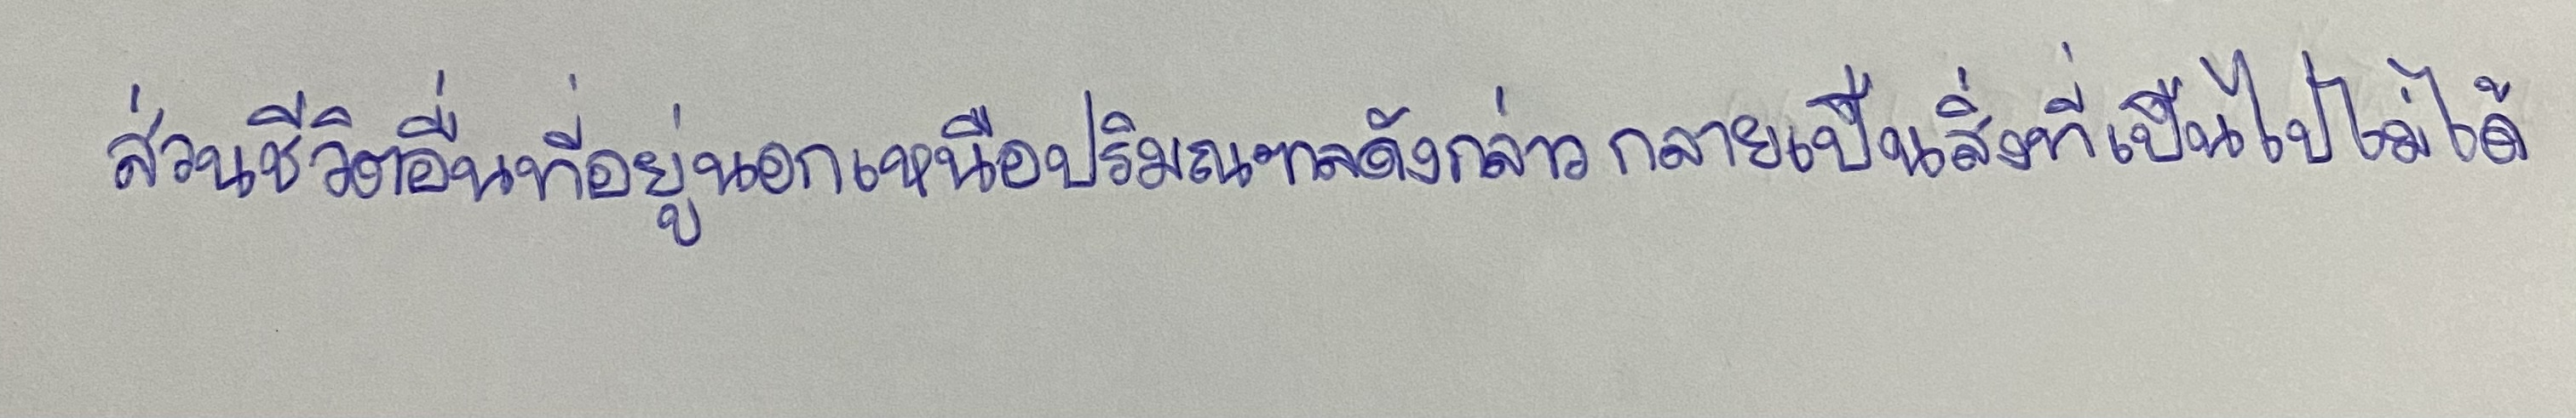
ส่วนชีวิตอื่นที่อยู่นอกเหนือปริมณฑลดังกล่าวกลายเป็นสิ่งที่เป็นไปไม่ได้